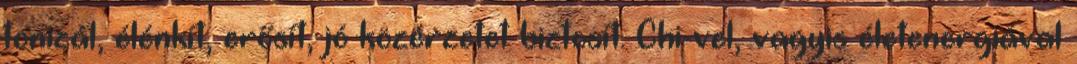
tonizál, élénkít, erősít, jó közérzetet biztosít. Chi-vel, vagyis életenergiával